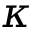
\kappa